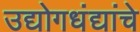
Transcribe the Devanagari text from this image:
उद्योगधंद्यांचे